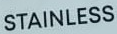
STAINLESS